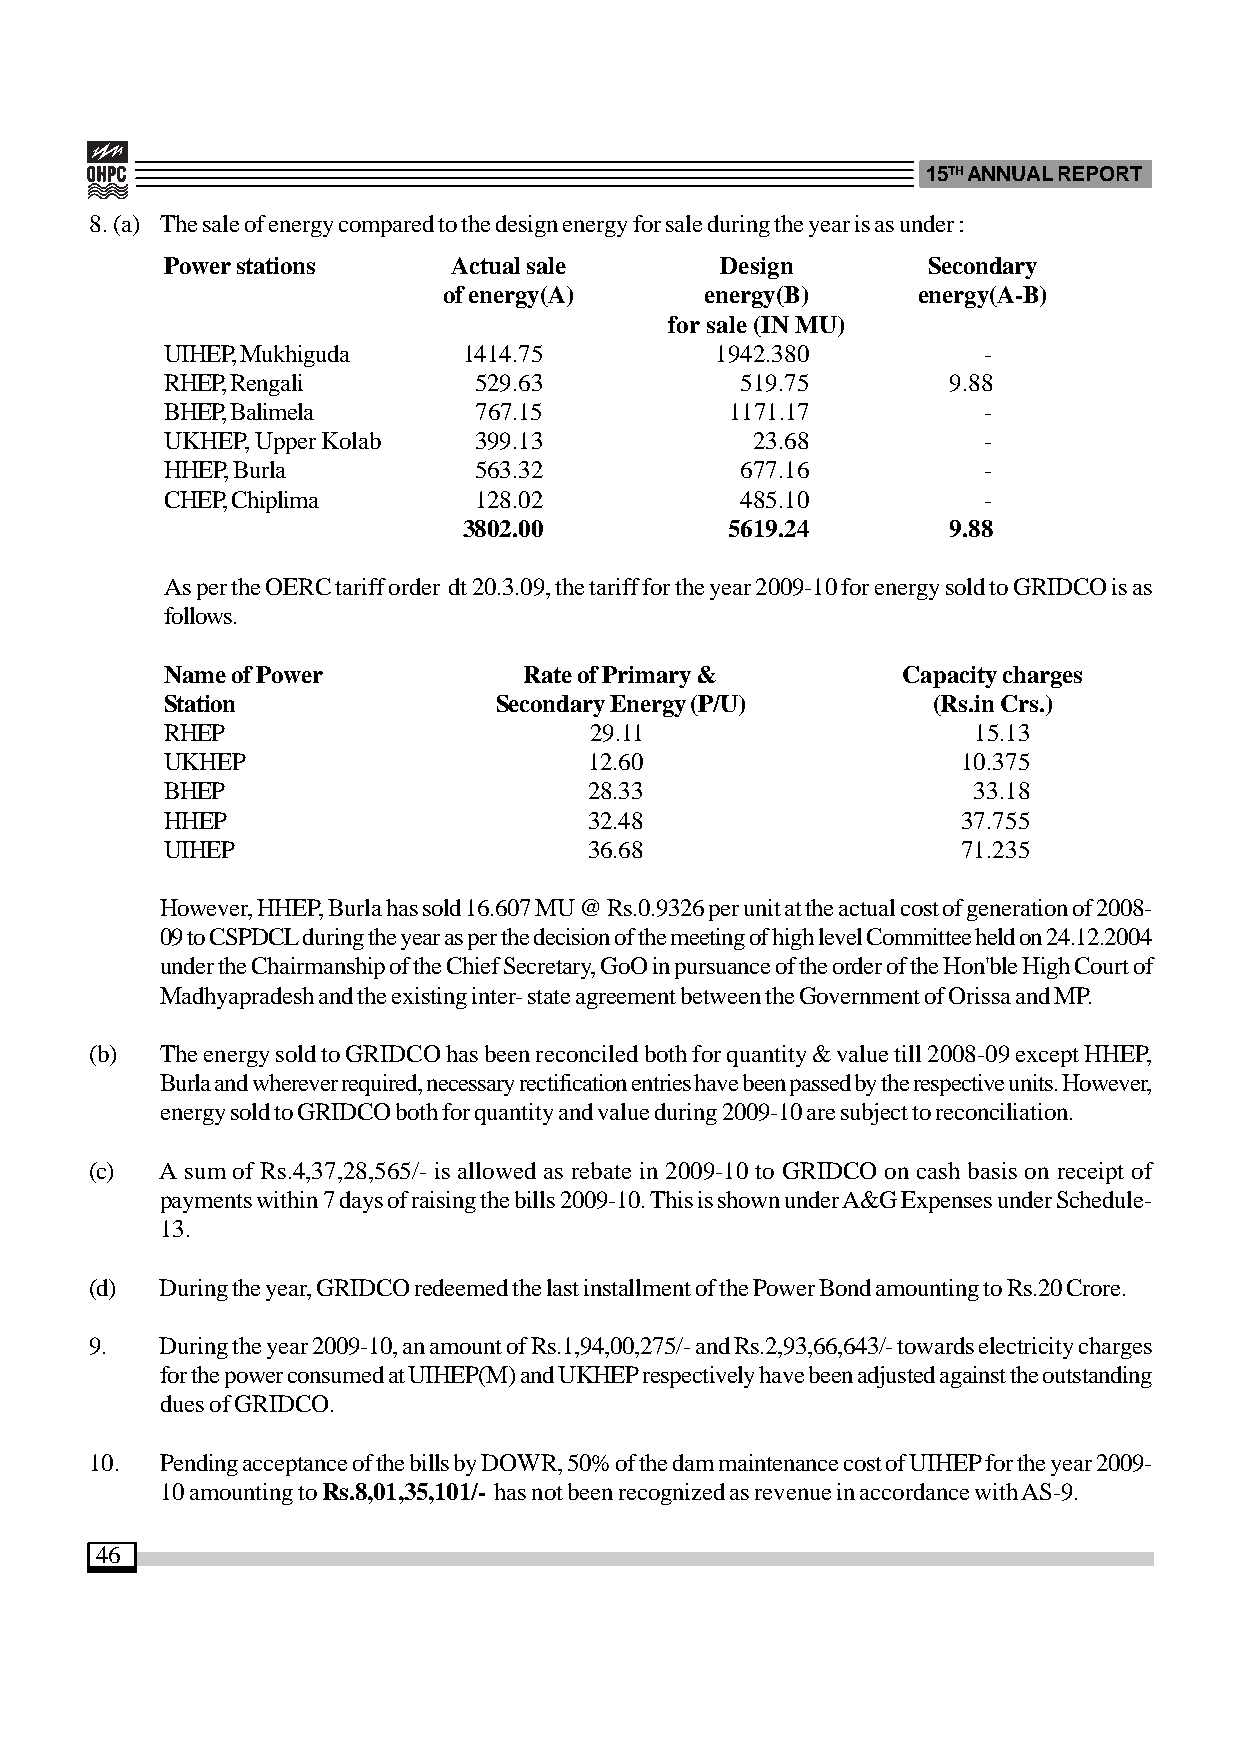
15TH ANNUAL REPORT
 8. (a) The sale of energy compared to the design energy for sale during the year is as under :
 Power stations     Actual sale       Design       Secondary
 of energy(A)      energy(B)     energy(A-B)
 for sale (IN MU)
 UIHEP, Mukhiguda    1414.75         1942.380          -
 RHEP, Rengali       529.63            519.75        9.88
 BHEP, Balimela      767.15           1171.17          -
 UKHEP, Upper Kolab  399.13             23.68          -
 HHEP, Burla         563.32            677.16          -
 CHEP, Chiplima      128.02            485.10          -
 3802.00          5619.24        9.88
 As per the OERC tariff order dt 20.3.09, the tariff for the year 2009-10 for energy sold to GRIDCO is as
 follows.
 Name of Power           Rate of Primary &        Capacity charges
 Station               Secondary Energy (P/U)       (Rs.in Crs.)
 RHEP                        29.11                    15.13
 UKHEP                       12.60                    10.375
 BHEP                        28.33                    33.18
 HHEP                        32.48                    37.755
 UIHEP                       36.68                    71.235
 However, HHEP, Burla has sold 16.607 MU @ Rs.0.9326 per unit at the actual cost of generation of 2008-
 09 to CSPDCL during the year as per the decision of the meeting of high level Committee held on 24.12.2004
 under the Chairmanship of the Chief Secretary, GoO in pursuance of the order of the Hon'ble High Court of
 Madhyapradesh and the existing inter- state agreement between the Government of Orissa and MP.
 (b)  The energy sold to GRIDCO has been reconciled both for quantity & value till 2008-09 except HHEP,
 Burla and wherever required, necessary rectification entries have been passed by the respective units. However,
 energy sold to GRIDCO both for quantity and value during 2009-10 are subject to reconciliation.
 (c)  A sum of Rs.4,37,28,565/- is allowed as rebate in 2009-10 to GRIDCO on cash basis on receipt of
 payments within 7 days of raising the bills 2009-10. This is shown under A&G Expenses under Schedule-
 13.
 (d)  During the year, GRIDCO redeemed the last installment of the Power Bond amounting to Rs.20 Crore.
 9.   During the year 2009-10, an amount of Rs.1,94,00,275/- and Rs.2,93,66,643/- towards electricity charges
 for the power consumed at UIHEP(M) and UKHEP respectively have been adjusted against the outstanding
 dues of GRIDCO.
 10.  Pending acceptance of the bills by DOWR, 50% of the dam maintenance cost of UIHEP for the year 2009-
 10 amounting to Rs.8,01,35,101/- has not been recognized as revenue in accordance with AS-9.
 46